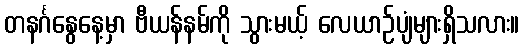
တနင်္ဂနွေနေ့မှာ ဗီယန်နမ်ကို သွားမယ့် လေယာဉ်ပျံများရှိသလား။